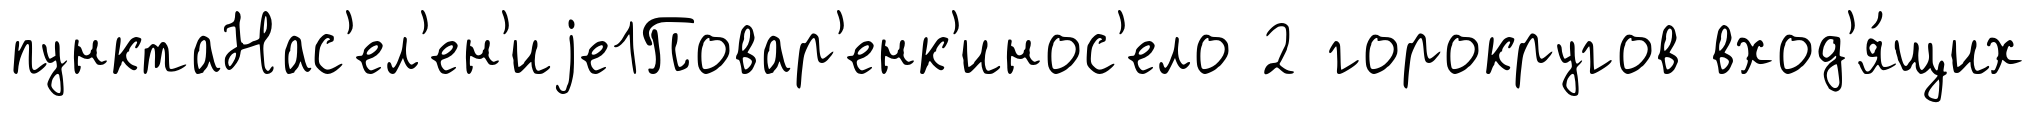
пунктаНас'ел'ен'иjе1Повар'енк'инос'ело 2 горокругов вход'я́щих